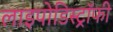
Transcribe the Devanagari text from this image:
लाइपोडिस्ट्रॉफी